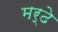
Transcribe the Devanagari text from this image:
मर्ढे